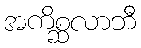
အကိစ္ဆလာဘီ